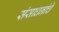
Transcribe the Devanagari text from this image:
संसाधनांचे